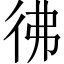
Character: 彿